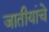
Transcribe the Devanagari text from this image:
जातीयांचे